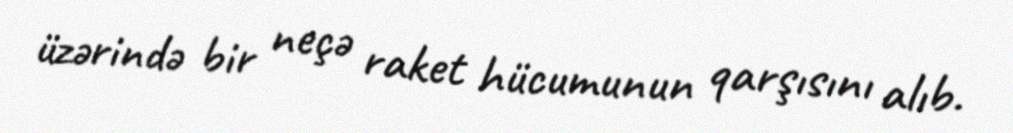
üzərində bir neçə raket hücumunun qarşısını alıb.